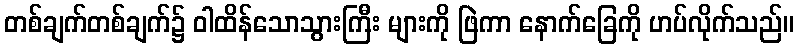
တစ်ချက်တစ်ချက်၌ ဝါထိန်သောသွားကြီး များကို ဖြဲကာ နောက်ခြေကို ဟပ်လိုက်သည်။